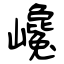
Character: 巉